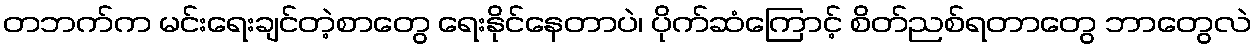
တဘက်က မင်းရေးချင်တဲ့စာတွေ ရေးနိုင်နေတာပဲ၊ ပိုက်ဆံကြောင့် စိတ်ညစ်ရတာတွေ ဘာတွေလဲ